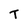
Character: T